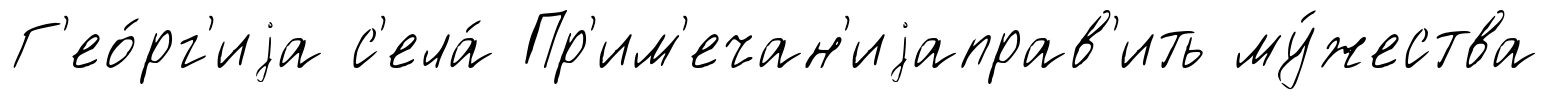
Г'ео́рг'иjа с'ела́ Пр'им'ечан'иjаправ'ить му́жества